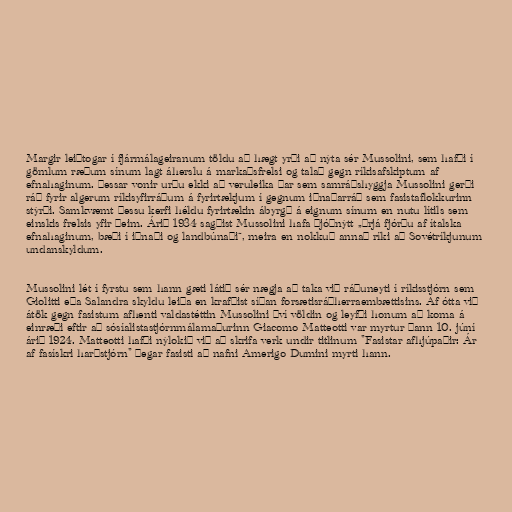
Margir leiðtogar í fjármálageiranum töldu að hægt yrði að nýta sér Mussolini, sem hafði í
gömlum ræðum sínum lagt áherslu á markaðsfrelsi og talað gegn ríkisafskiptum af
efnahaginum. Þessar vonir urðu ekki að veruleika þar sem samráðshyggja Mussolini gerði
ráð fyrir algerum ríkisyfirráðum á fyrirtækjum í gegnum iðnaðarráð sem fasistaflokkurinn
stýrði. Samkvæmt þessu kerfi héldu fyrirtækin ábyrgð á eignum sínum en nutu lítils sem
einskis frelsis yfir þeim. Árið 1934 sagðist Mussolini hafa þjóðnýtt „þrjá fjórðu af ítalska
efnahaginum, bæði í iðnaði og landbúnaði“, meira en nokkuð annað ríki að Sovétríkjunum
undanskyldum.

Mussolini lét í fyrstu sem hann gæti látið sér nægja að taka við ráðuneyti í ríkisstjórn sem
Giolitti eða Salandra skyldu leiða en krafðist síðan forsætisráðherraembættisins. Af ótta við
átök gegn fasistum afhenti valdastéttin Mussolini því völdin og leyfði honum að koma á
einræði eftir að sósíalistastjórnmálamaðurinn Giacomo Matteotti var myrtur þann 10. júní
árið 1924. Matteotti hafði nýlokið við að skrifa verk undir titlinum "Fasistar afhjúpaðir: Ár
af fasískri harðstjórn" þegar fasisti að nafni Amerigo Dumini myrti hann.